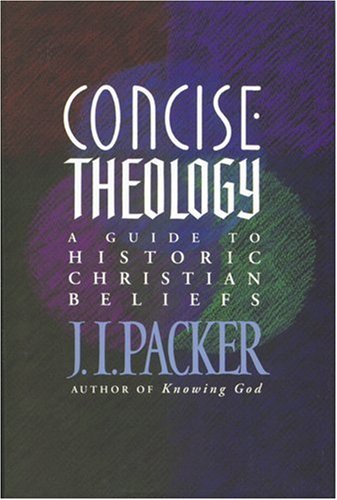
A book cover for Concise Theology: A Guide To Historic Christian Beliefs; J. I. Packer; Christian Books & Bibles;